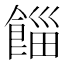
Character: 𩜊